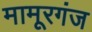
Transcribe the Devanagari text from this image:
मामूरगंज